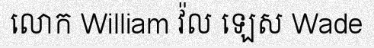
លោក William វ៉ល ឡេស Wade